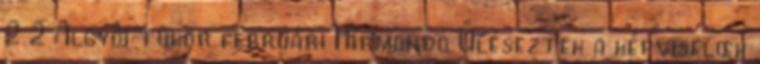
2 2 Algyôi tükör februári Hírmondó Üléseztek a képviselœk